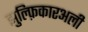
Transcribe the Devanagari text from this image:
झुल्फ़िकारअली